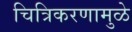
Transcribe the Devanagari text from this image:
चित्रिकरणामुळे